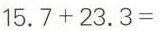
15.7+23.3=